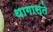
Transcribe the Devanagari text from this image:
थागास्ते